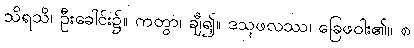
သိရသိ၊ ဦးခေါင်း၌။ ကတွာ၊ ချီ၍။ ဒသုဖလဿ၊ ခြေဖဝါး၏။ စ